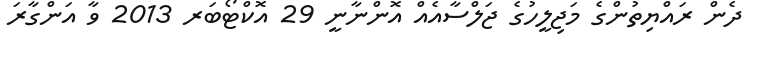
ދެން ރައްޔިތުންގެ މަޖިލީހުގެ ޖަލްސާއެއް އޮންނާނީ 29 އޮކްޓޯބަރ 2013 ވާ އަންގާރަ